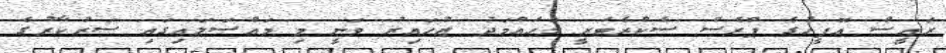
ރައީސް އޮފީހުގެ ޕްރެސް ސެކްރެޓަރީ މުހައްމަދު ޒުހައިރު ވަނީ މި މައްސަލައިގައި ސަރުކާރުގެ